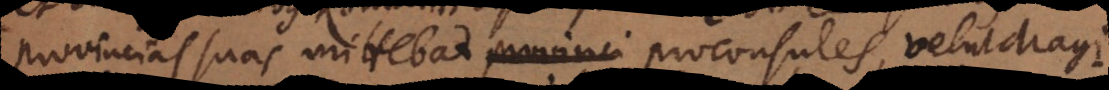
provincias suas mittebat proconsules velut